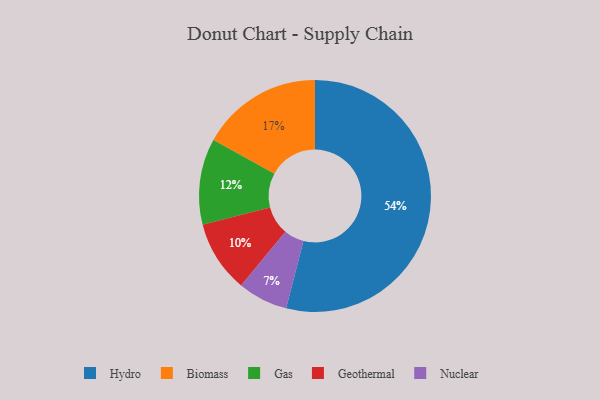
{"axis": {"x": "Category", "y": "Percentage"}, "legend": ["Biomass", "Gas", "Geothermal", "Hydro", "Nuclear"], "data": [{"x": "Geothermal", "y": 10, "type": "Geothermal"}, {"x": "Hydro", "y": 54, "type": "Hydro"}, {"x": "Nuclear", "y": 7, "type": "Nuclear"}, {"x": "Biomass", "y": 17, "type": "Biomass"}, {"x": "Gas", "y": 12, "type": "Gas"}]}